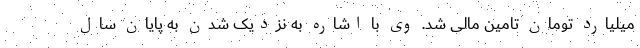
میلیارد تومان تامین مالی شد. وی با اشاره به نزدیک شدن به پایان سال